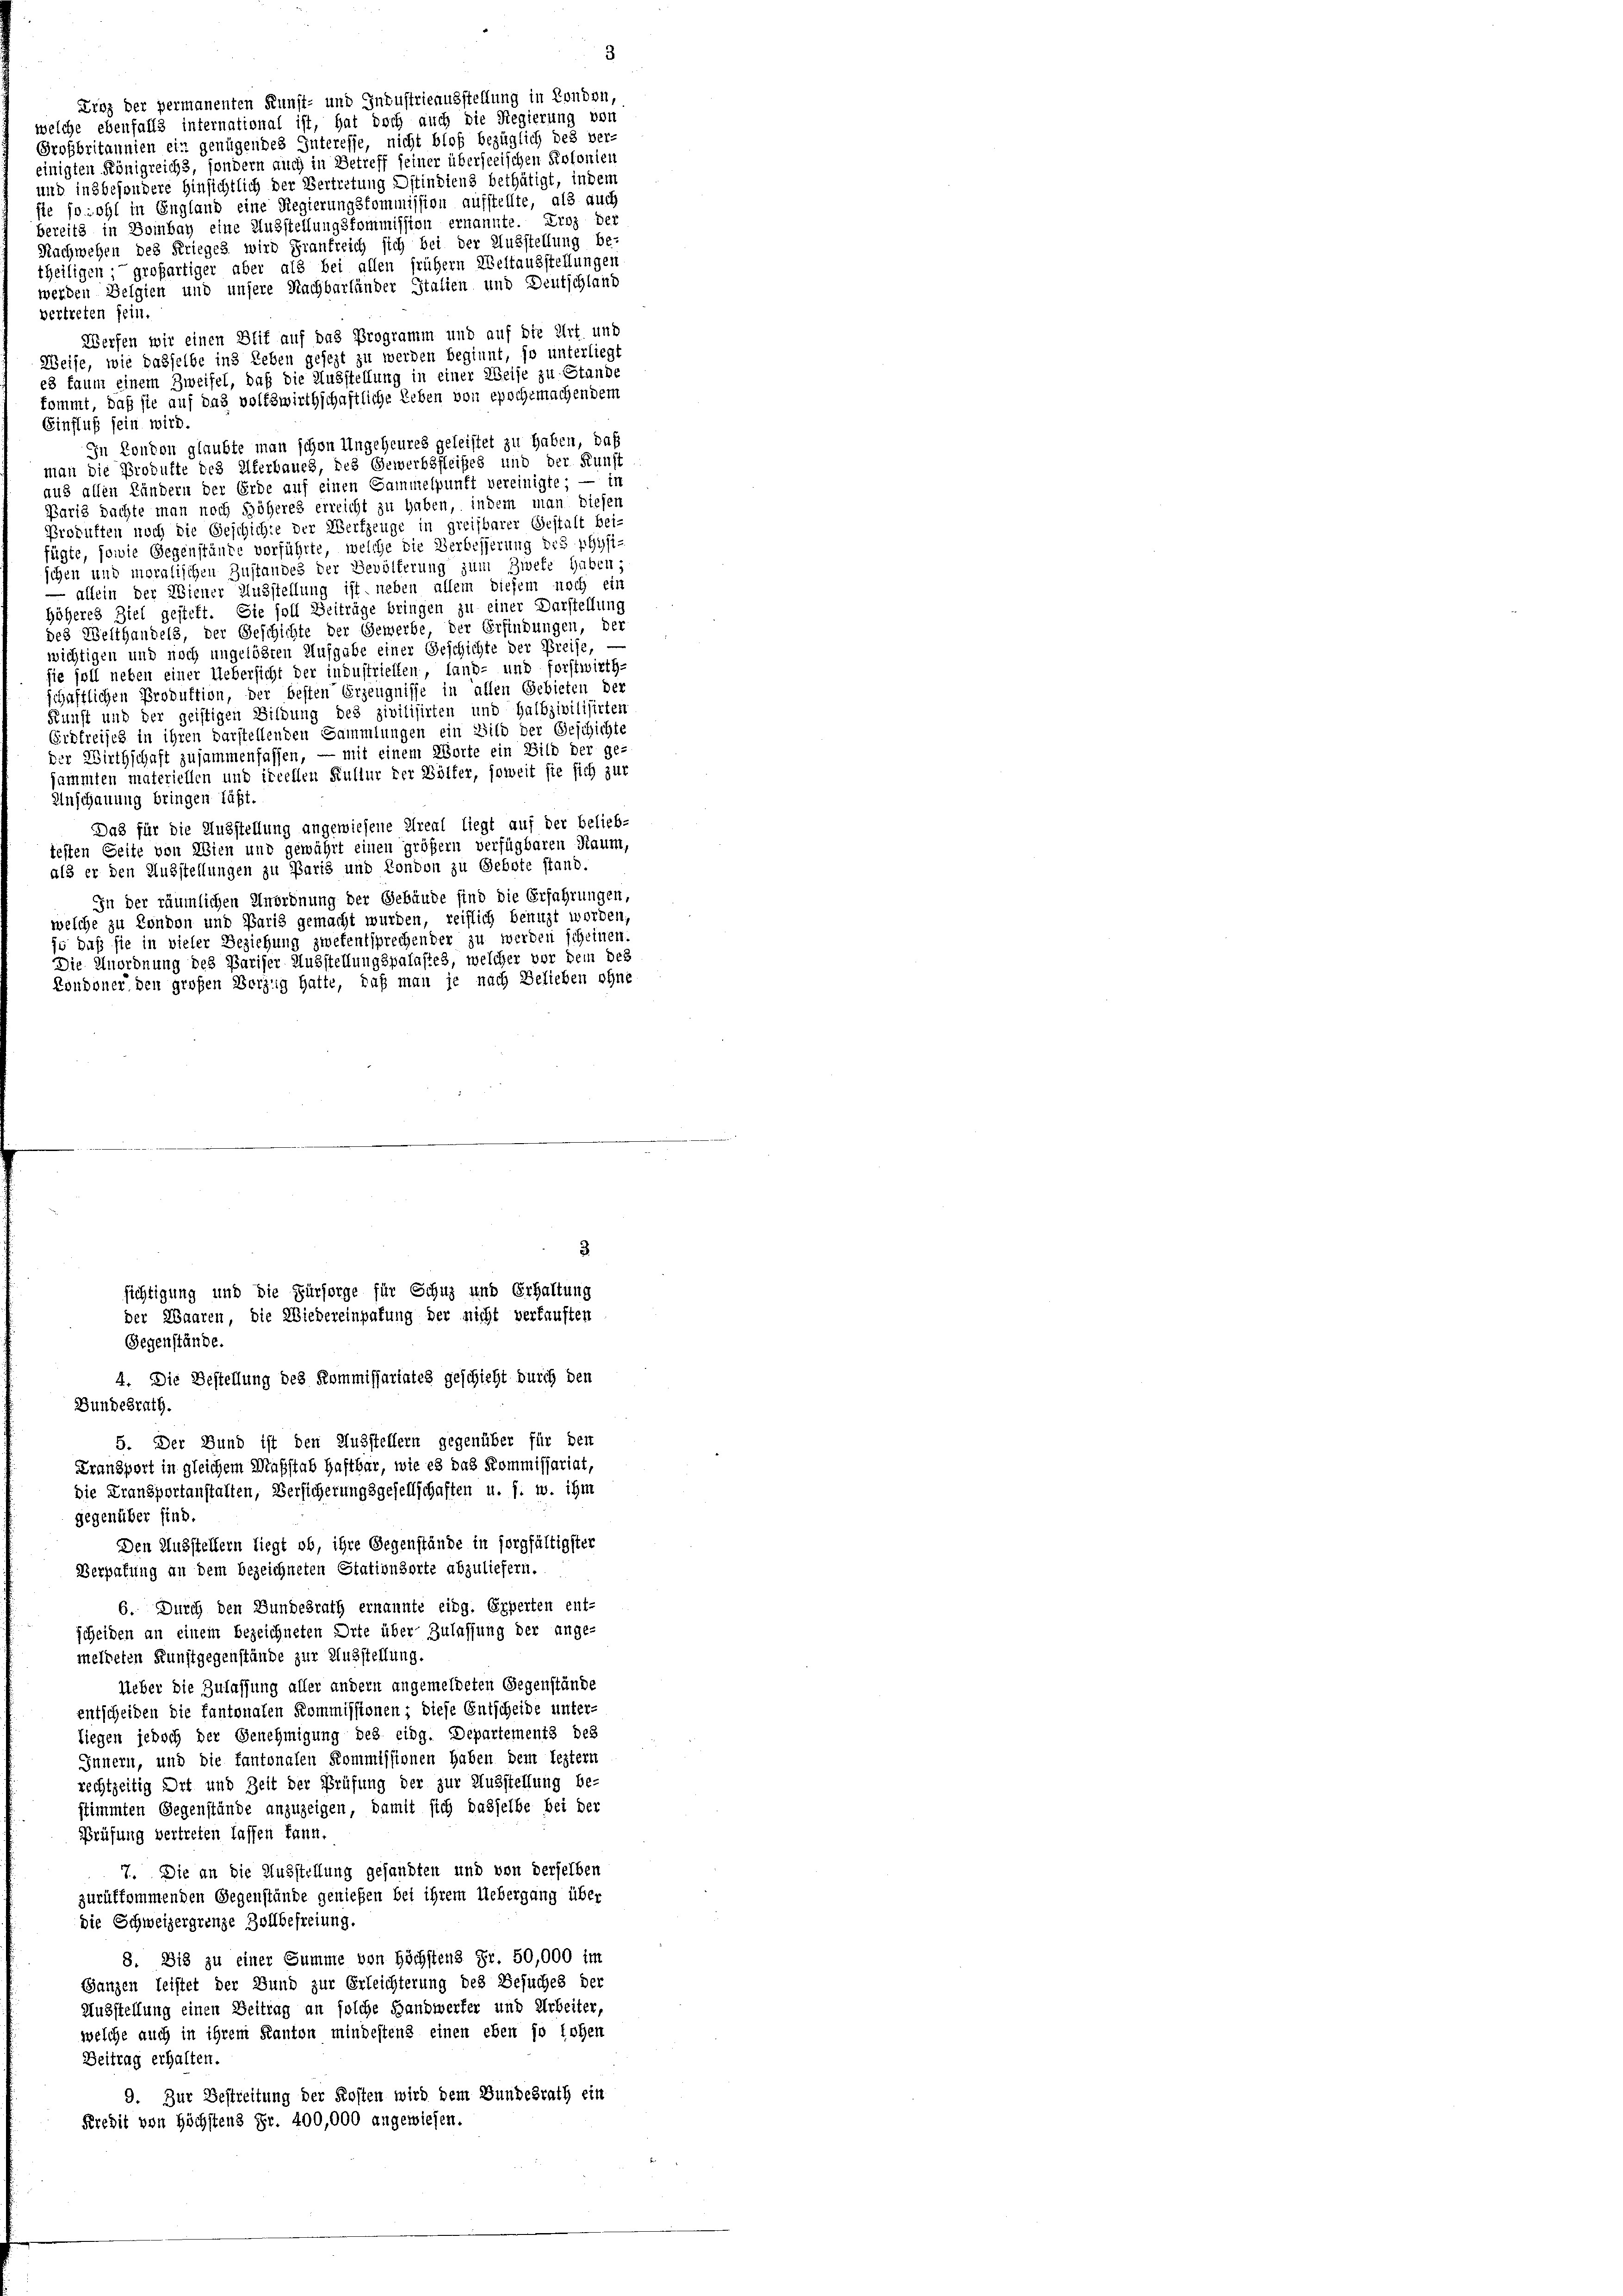
Ernz der permanenten Kunst- und Industrieausstellung in London,
welche ebenfalls international ist, hat doch auch die Regierung von
Großbritannien ein genügendes Interesse, nicht bloß bezüglich des ver-
einigten Königreichs, sondern auch in Betreff seiner überseeischen Polonien
und insbesondere hinsichtlich der Vertretung Ostindiens bethätigt, indem
sie sowohl in England eine Regierungskommission aufstellte, als auch
bereits in Bombay eine Ausstellungskommission ernannte. Einz der
Nachwehen des Krieges, wird Frankreich sich bei der Ausstellung be-
theiligen großartiger aber als bei allen frühern Weltausstellungen
werden Belgien und unsere Nachbarländer Stalien und Deutschland
vertreten fein.
Werfen wir einen Blif auf das Programm und auf die Art und
Weise, wie dasselbe in Leben gesezt zu werden beginnt, so unterliegt
es kaum einem Zweifel, daß die Ausstellung in einer Weise zu Stande
kommt, daß sie auf das volkswirthschaftliche Leben von epochemachendem
Einfluß sein wird.
In Konton glaubte man schon Ungeheures geleistet zu haben, daß
man die Produfte des Uferbaues, des Gewerbsfleißes und der Kunst
aus allen Ländern der Erde auf einen Sammelpunft vereinigte; — in
Paris dachte man noch Shöheres erreicht zu haben, indem man diesen
Prokuften noch die Geschichte der Werkzeuge in greifbarer Gestalt bei-
fügte, sowie Gegenstände vorführte, welche die Verbesserung des physi-
schen und moralischen Zustandes der Bevölkerung zum Zwete Gaben;
 allein der Wiener Ausstellung ist neben allem diesem noch ein
höheres Ziel gesteht. Sie soll Beiträge bringen zu einer Darstellung
des Westhandels, der Geschichte der Gewerbe, der Erfindungen, der
wichtigen und noch ungelöhren Ausgabe einer Geschichte der Preise, —
sie soll neben einer Uebersicht der industriellen, land- und forstwirth
schaftlichen Produktion, der besten Erzeugnisse in allen Gebieten der
Sunst und der geistigen Bildung des zivilisirten und halbzivilisirten
Erdfreisch in ihren darstellenden Sammlungen ein Bild der Geschichte
der Wirthschaft zusammenfassen, — mit einem Worte ein Bild der ge-
sammten materiellen und ireellen Kultur der Bölfer, soweit sie sich zur
Anschauung bringen läßt.
Das für die Ausstellung angewiesene Areal liegt auf der belieb-
testen Seite von Wien und gewährt einen größer verfügbaren Raum,
als er den Ausstellungen zu Paris und Kondon zu Gebote stand.
In der räumlichen Unordnung der Gebäude sind die Erfahrungen,
welche zu London und Paris gemacht wurden, reiflich benuzt worden,
je daß sie in vieler Beziehung zwekentsprechender zu werden scheinen.
Die Anordnung des Pariser Ausstellungspalastes, welcher vor dem des
Kondoner den großen Berzig hatte, daß man je nach Belieben ohne

Gegenstände.
4. Die Bestellung des Kommissariates geschicht durch den
Bundesrath.
gegenüber sind.
Den Ausstellern liegt ob, ihre Gegenstände in sorgfältigster
Verpafung an dem bezeichneten Stationsorte abzuliefern.
6. Durch den Bundesrath ernannte eing. Experten ent-
scheiden an einem bezeichneten Orte über Zulassung der ange-
meldeten Kunstgegenstände zur Ausstellung.
Ueber die Zulassung aller andern angemeldeten Gegenstände
entscheiden die kantonalen Kommissionen; diese Entscheide unter-
liegen jedoch der Genehmigung des eing. Departements des
Innern, und die fantonalen Kommissionen haben dem leztern
rechtzeitig Ort und Zeit der Prüfung der zur Ausstellung be-
stimmten Gegenstände anzuzeigen, damit sich dasselbe bei der
Prüfung vertreten lassen kann.
7. Die an die Ausstellung gesandten und von derselben
zurükkommenden Gegenstände genießen bei ihrem Uebergang über
die Schweizergrenze Zollbefreiung.
8. Bis zu einer Summe von Höchstens Fr. 50,000 im
Ganzen leistet der Bund zur Erleichterung des Besuches der
Ausstellung einen Beitrag an solche Handwerfer und Arbeiter,
welche auch in ihrem Kanton mindestens einen eben so lehen
Beitrag erhalten.
9. Zur Bestreitung der Kosten wird dem Bundesrath ein
Kredit von Höchstens Fr. 400,000 angewiesen.

3.
sichtigung und die Fürsorge für Schuz und Erhaltung
der Waaren, die Wiedereinpafung der nicht verkauften

5. Der Bund ist den Ausstellern gegenüber für den
Fransport in gleichem Maßstab Haftbar, wie es das Kommissariat,
die Fransportanstalten, Versicherungsgesellschaften u. s. w. ihm